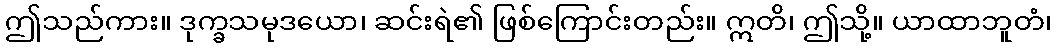
ဤသည်ကား။ ဒုက္ခသမုဒယော၊ ဆင်းရဲ၏ ဖြစ်ကြောင်းတည်း။ ဣတိ၊ ဤသို့။ ယာထာဘူတံ၊